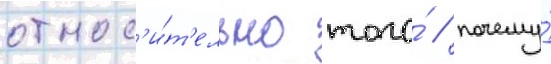
относ'и́т'ельно того́ / почему́